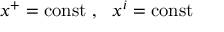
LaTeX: x ^ { + } = \mathrm { c o n s t } \ , \ \ x ^ { i } = \mathrm { c o n s t }